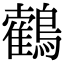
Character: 𪆉